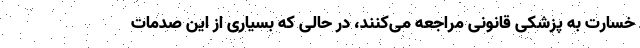
خسارت به پزشکی قانونی مراجعه می‌کنند، در حالی که بسیاری از این صدمات